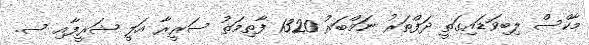
މާކްސް ލިބިވަޑައިގަތީ ދަފްތަރު ނަމްބަރު 1320 ފާތިމަތު ސަރީރާ އަލީ ޝަރީފާއި ސ.